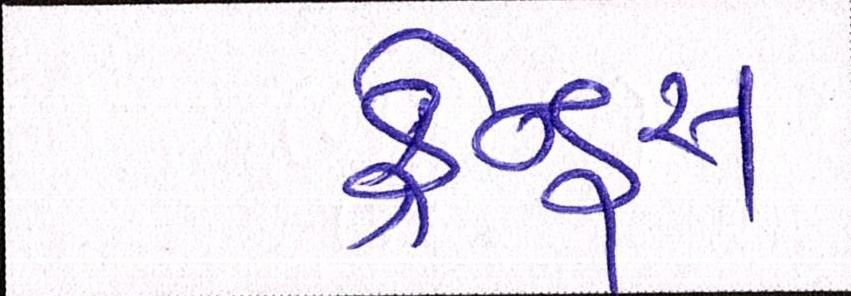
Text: ફ્રેન્ડ્સ